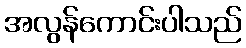
အလွန်ကောင်းပါသည်